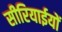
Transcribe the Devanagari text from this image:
सीरियाईयों